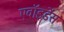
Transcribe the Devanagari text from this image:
एवॉइडेंस